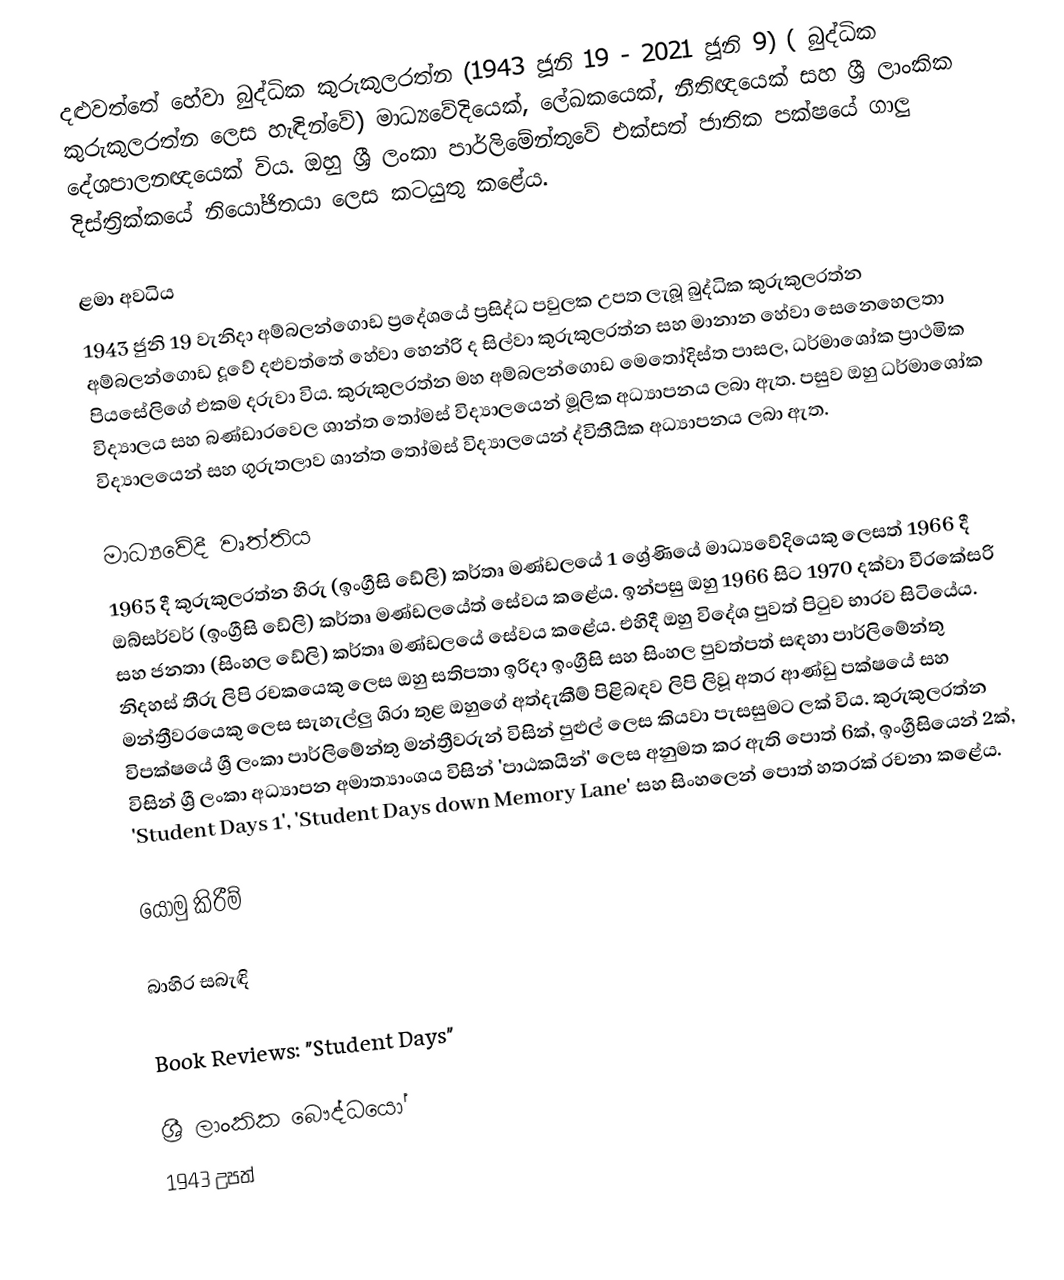
දළුවත්තේ හේවා බුද්ධික කුරුකුලරත්න (1943 ජූනි 19 - 2021 ජූනි 9) ( බුද්ධික කුරුකුලරත්න ලෙස හැඳින්වේ) මාධ්‍යවේදියෙක්, ලේඛකයෙක්,  නීතිඥයෙක් සහ ශ්‍රී ලාංකික දේශපාලනඥයෙක් විය.  ඔහු ශ්‍රී ලංකා පාර්ලිමේන්තුවේ එක්සත් ජාතික පක්ෂයේ ගාලු දිස්ත්‍රික්කයේ නියෝජිතයා ලෙස කටයුතු කළේය.

ළමා අවධිය
1943 ජුනි 19 වැනිදා අම්බලන්ගොඩ ප්‍රදේශයේ ප්‍රසිද්ධ පවුලක උපත ලැබූ බුද්ධික කුරුකුලරත්න අම්බලන්ගොඩ දූවේ දළුවත්තේ හේවා හෙන්රි ද සිල්වා කුරුකුලරත්න සහ මානාන හේවා සෙනෙහෙලතා පියසේලිගේ එකම දරුවා විය. කුරුකුලරත්න මහ අම්බලන්ගොඩ මෙතෝදිස්ත පාසල, ධර්මාශෝක ප්‍රාථමික විද්‍යාලය සහ බණ්ඩාරවෙල ශාන්ත තෝමස් විද්‍යාලයෙන් මූලික අධ්‍යාපනය ලබා ඇත. පසුව ඔහු ධර්මාශෝක විද්‍යාලයෙන් සහ ගුරුතලාව ශාන්ත තෝමස් විද්‍යාලයෙන් ද්විතීයික අධ්‍යාපනය ලබා ඇත.

මාධ්‍යවේදී වෘත්තිය
1965 දී කුරුකුලරත්න හිරු (ඉංග්‍රීසි ඩේලි) කර්තෘ මණ්ඩලයේ 1 ශ්‍රේණියේ මාධ්‍යවේදියෙකු ලෙසත් 1966 දී ඔබ්සර්වර් (ඉංග්‍රීසි ඩේලි) කර්තෘ මණ්ඩලයේත් සේවය කළේය. ඉන්පසු ඔහු 1966 සිට 1970 දක්වා වීරකේසරි සහ ජනතා (සිංහල ඩේලි) කර්තෘ මණ්ඩලයේ සේවය කළේය. එහිදී ඔහු විදේශ පුවත් පිටුව භාරව සිටියේය. නිදහස් තීරු ලිපි රචකයෙකු ලෙස ඔහු සතිපතා ඉරිදා ඉංග්‍රීසි සහ සිංහල පුවත්පත් සඳහා පාර්ලිමේන්තු මන්ත්‍රීවරයෙකු ලෙස සැහැල්ලු ශිරා තුළ ඔහුගේ අත්දැකීම් පිළිබඳව ලිපි ලිවූ අතර ආණ්ඩු පක්ෂයේ සහ විපක්ෂයේ ශ්‍රී ලංකා පාර්ලිමේන්තු මන්ත්‍රීවරුන් විසින් පුළුල් ලෙස කියවා පැසසුමට ලක් විය. කුරුකුලරත්න විසින් ශ්‍රී ලංකා අධ්‍යාපන අමාත්‍යාංශය විසින් 'පාඨකයින්' ලෙස අනුමත කර ඇති පොත් 6ක්, ඉංග්‍රීසියෙන් 2ක්, 'Student Days 1', 'Student Days down Memory Lane' සහ සිංහලෙන් පොත් හතරක් රචනා කළේය.

යොමු කිරීම්

බාහිර සබැඳි

 Book Reviews: "Student Days"

ශ්‍රී ලාංකික බෞද්ධයෝ
1943 උපත්